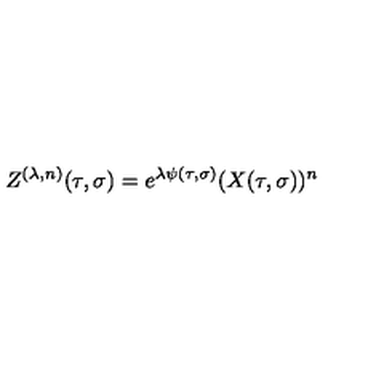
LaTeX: Z ^ { ( \lambda , n ) } ( \tau , \sigma ) = e ^ { \lambda \psi ( \tau , \sigma ) } ( X ( \tau , \sigma ) ) ^ { n }